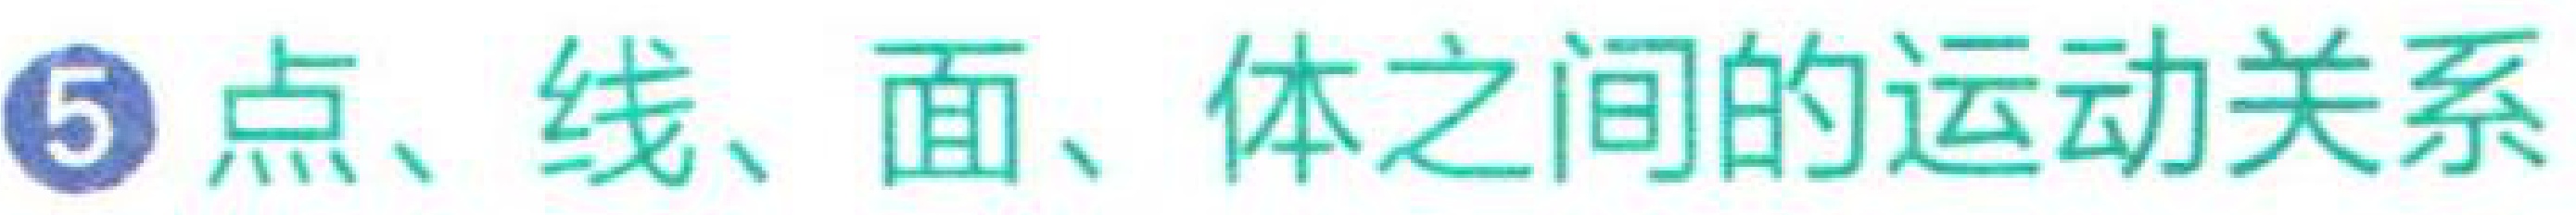
\textcircled{5} 点、线、面、体之间的运动关系